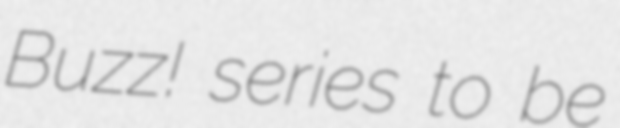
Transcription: Buzz! series to be